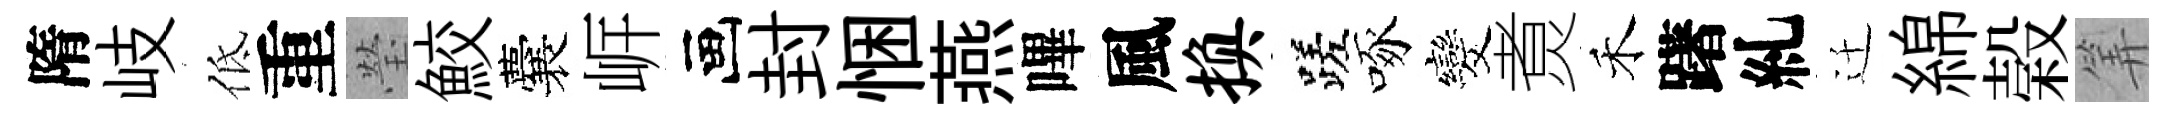
隋岐低重瑩鮫囊㟁画封悃燕嗶風换蹉啄发煑禾躇糺迁綿榖筭